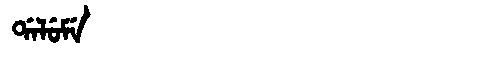
Manchu: ᡩᠠᠯᡠᠮᡝ
Romanization: DALUME